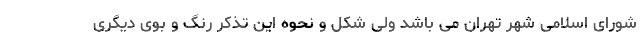
شورای اسلامی شهر تهران می باشد ولی شکل و نحوه این تذکر رنگ و بوی دیگری